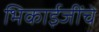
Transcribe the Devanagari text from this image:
भिकाईजींचे